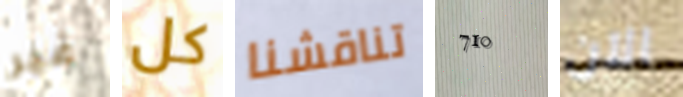
غير كل تناقشنا 710 الآن